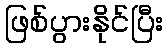
ဖြစ်ပွားနိုင်ပြီး